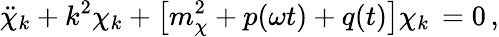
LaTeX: \ddot{\chi}_{k}+k^{2}\chi_{k}+\left[m_{\chi}^{2}+p(\omega t)+q(t)\right]\chi_{k}\, =0\, ,